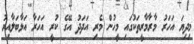
މިދިޔަ އަހަރު މާރާމާރީތަކުގައި މީހުން މެރި އަދަދު އޭގެ ކުރީ އަހަރާ އަޅާބަލާއިރު